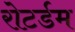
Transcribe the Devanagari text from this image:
रोटर्डम